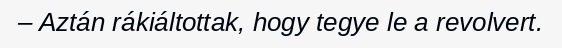
– Aztán rákiáltottak, hogy tegye le a revolvert.